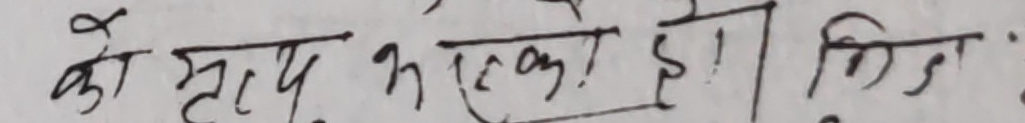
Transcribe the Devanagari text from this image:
को स्वरूप भएको छ । कि :